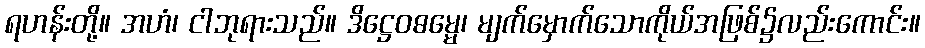
ရဟန်းတို့။ အဟံ၊ ငါဘုရားသည်။ ဒိဋ္ဌေဝဓမ္မေ၊ မျက်မှောက်သောကိုယ်အဖြစ်၌လည်းကောင်း။